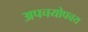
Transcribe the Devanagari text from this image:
अपचयोपचय